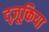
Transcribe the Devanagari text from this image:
द्ज़ूकिया